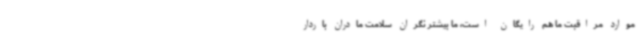
موارد مراقبت ما هم رایگان است، ما بیشتر نگران سلامت مادران باردار